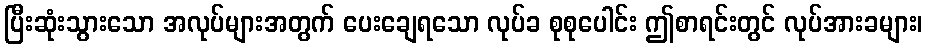
ပြီးဆုံးသွားသော အလုပ်များအတွက် ပေးချေရသော လုပ်ခ စုစုပေါင်း ဤစာရင်းတွင် လုပ်အားခများ၊